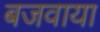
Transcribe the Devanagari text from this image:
बजवाया